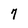
Character: 7